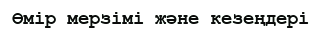
Өмір мерзімі және кезеңдері